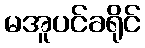
မအူပင်ခရိုင်